Vaccination in Burma 1900-1911 - 1900-1911
Year: 1900
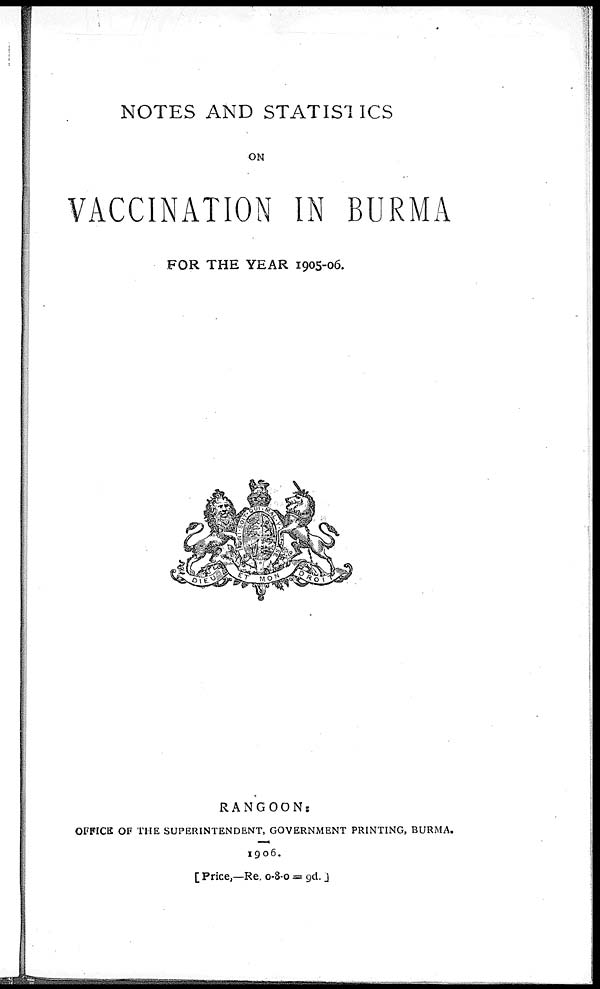
NOTES AND STATISTICS
ON
VACCINATION IN BURMA
FOR THE YEAR 1905-06.
RANGOON:
OFFICE OF THE SUPERINTENDENT, GOVERNMENT PRINTING, BURMA.
1906.
[Price,—Re. 0-8-0 = 9d. ]